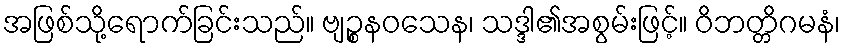
အဖြစ်သို့ရောက်ခြင်းသည်။ ဗျဉ္စနဝသေန၊ သဒ္ဒါ၏အစွမ်းဖြင့်။ ဝိဘတ္တိဂမနံ၊